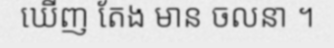
ឃើញ តែង មាន ចលនា ។